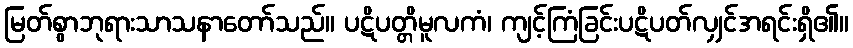
မြတ်စွာဘုရားသာသနာတော်သည်။ ပဋိပတ္တိမူလကံ၊ ကျင့်ကြံခြင်းပဋိပတ်လျှင်အရင်းရှိ၏။